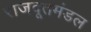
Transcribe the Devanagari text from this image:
राजदूतमंडल